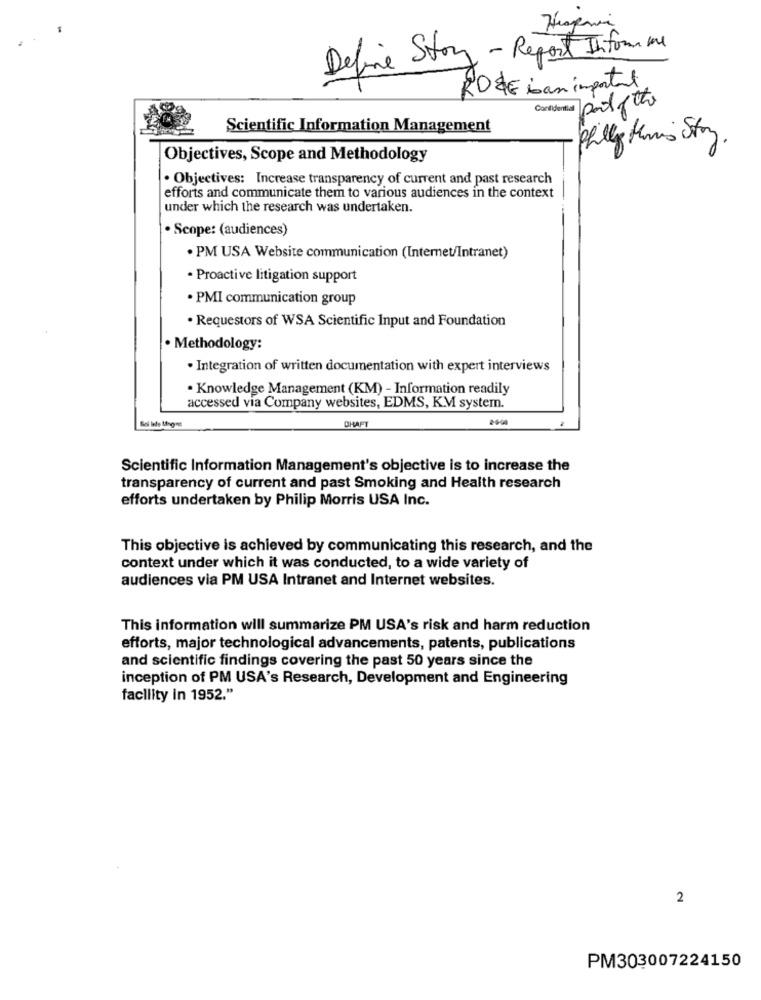
Define Story - Report Inform me
ROZE iban important
polpette
Confidential
Scientific Information Management
Philly Hormis Story.
Objectives, Scope and Methodology
. Objectives: Increase transparency of current and past research
efforts and communicate them to various audiences in the context
under which the research was undertaken.
. Scope: (audiences)
· PM USA Website communication (Internet/Intranet)
· Proactive litigation support
· PMI communication group
. Requestors of WSA Scientific Input and Foundation
. Methodology:
· Integration of written documentation with expert interviews
· Knowledge Management (KM) - Information readily
accessed via Company websites, EDMS, KM system.
CHAFT
2-6-00
Scientific Information Management's objective is to increase the
transparency of current and past Smoking and Health research
efforts undertaken by Philip Morris USA Inc.
This objective is achieved by communicating this research, and the
context under which it was conducted, to a wide variety of
audiences via PM USA Intranet and Internet websites.
This information will summarize PM USA's risk and harm reduction
efforts, major technological advancements, patents, publications
and scientific findings covering the past 50 years since the
inception of PM USA's Research, Development and Engineering
facility in 1952."
2
PM303007224150